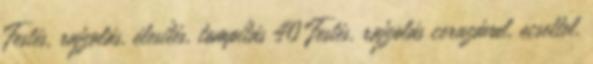
Festés, rajzolás, élesítés, tompítás 40 Festés, rajzolás ceruzával, ecsettel,